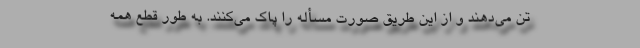
تن می‌دهند و از این طریق صورت مسأله را پاک می‌کنند. به طور قطع همه